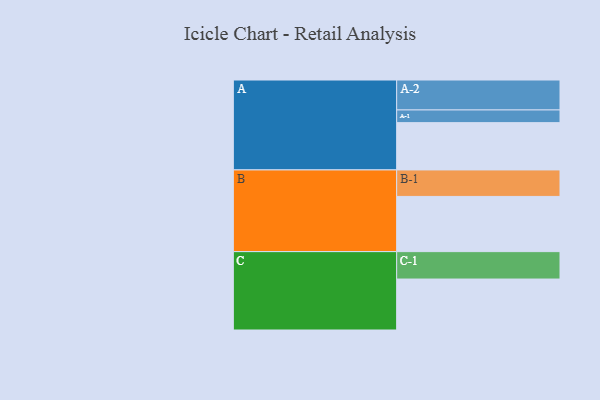
{"axis": {"x": "Segment", "y": "Value"}, "legend": ["", "A", "B", "C"], "data": [{"x": "A", "y": 466, "type": ""}, {"x": "B", "y": 544, "type": ""}, {"x": "C", "y": 502, "type": ""}, {"x": "A-1", "y": 125, "type": "A"}, {"x": "A-2", "y": 295, "type": "A"}, {"x": "B-1", "y": 261, "type": "B"}, {"x": "C-1", "y": 270, "type": "C"}]}